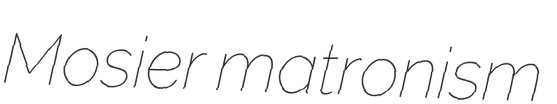
Mosier matronism